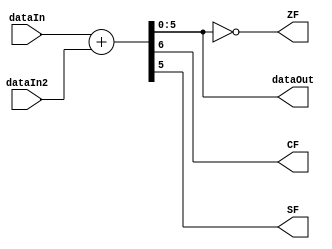
module addOperation(
    input [5:0] dataIn,
    input [5:0] dataIn2,
    output [5:0] dataOut,
    output CF,
    output ZF,
    output SF
);
wire [6:0] tmp;
assign tmp = dataIn + dataIn2;
assign dataOut = tmp[5:0];
assign CF = tmp[6];
assign ZF = (dataOut == 0);
assign SF = dataOut[5];
endmodule